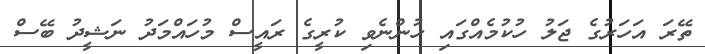
ތޭރަ އަހަރުގެ ޖަލު ހުކުމެއްގައި ހުންނެވި ކުރީގެ ރައީސް މުހައްމަދު ނަޝީދު ބޭސް